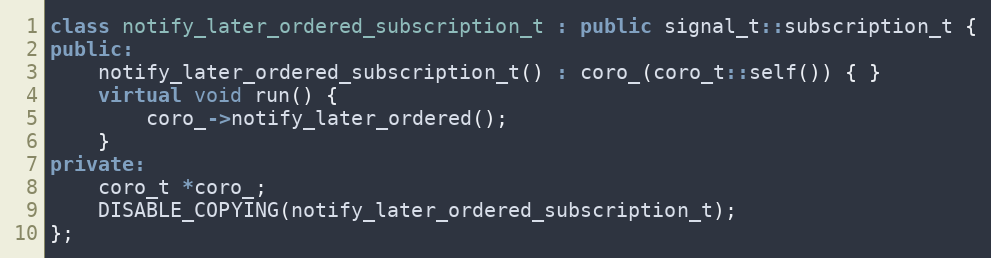
Language: C++
class notify_later_ordered_subscription_t : public signal_t::subscription_t {
public:
    notify_later_ordered_subscription_t() : coro_(coro_t::self()) { }
    virtual void run() {
        coro_->notify_later_ordered();
    }
private:
    coro_t *coro_;
    DISABLE_COPYING(notify_later_ordered_subscription_t);
};